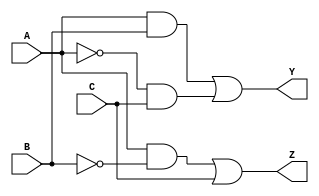
module reduced_logic_block (
    input wire A,  // Input A
    input wire B,  // Input B
    input wire C,  // Input C
    output wire Y, // Output Y
    output wire Z  // Output Z
);

// Internal signals for reduced logic
wire not_A; 
wire not_B; 
wire term1_Y;
wire term2_Y;
wire term1_Z;
wire term2_Z;

// Logic for output Y: Y = A * B + !A * C
assign not_A = ~A;              // NOT A
assign term1_Y = A & B;         // A AND B
assign term2_Y = not_A & C;     // !A AND C
assign Y = term1_Y | term2_Y;   // Y = term1_Y OR term2_Y

// Logic for output Z: Z = A * !B + C
assign not_B = ~B;              // NOT B
assign term1_Z = A & not_B;     // A AND !B
assign term2_Z = C;             // C
assign Z = term1_Z | term2_Z;   // Z = term1_Z OR term2_Z

endmodule